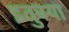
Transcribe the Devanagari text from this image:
इतुक्या